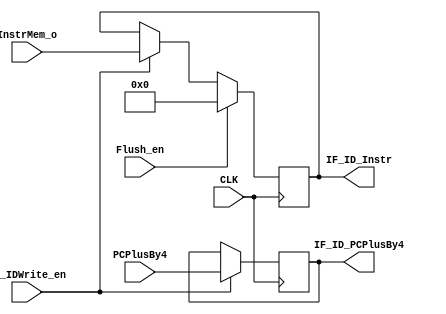
module IF_IDPplReg(PCPlusBy4,InstrMem_o,IF_IDWrite_en,Flush_en,
          IF_ID_PCPlusBy4,IF_ID_Instr,CLK);
  input[31:0] PCPlusBy4;
  input[31:0] InstrMem_o;

  input CLK;
  input IF_IDWrite_en;
  input Flush_en;
  
  output[31:0] IF_ID_PCPlusBy4;
  output[31:0] IF_ID_Instr;

  
  reg[31:0]  Reg1;
  reg[31:0]  Reg2;
  
 
  assign IF_ID_PCPlusBy4=Reg1;
  assign IF_ID_Instr=Reg2;

  
  initial
    begin
      Reg1<=0;
      Reg2<=0;
    end
  
  
  always@(posedge CLK)
    begin
      if(IF_IDWrite_en)
        begin
          Reg1<=PCPlusBy4;
          Reg2<=InstrMem_o;

        end
      if(Flush_en)
        Reg2<=0;
    end
    
endmodule